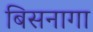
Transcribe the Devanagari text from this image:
बिसनागा